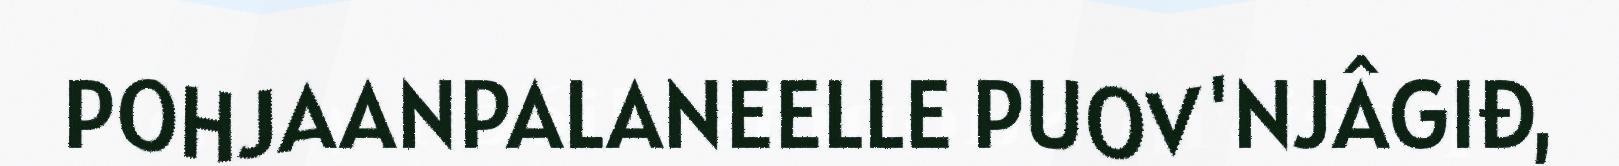
POHJAANPALANEELLE PUOV'NJÂGIĐ,